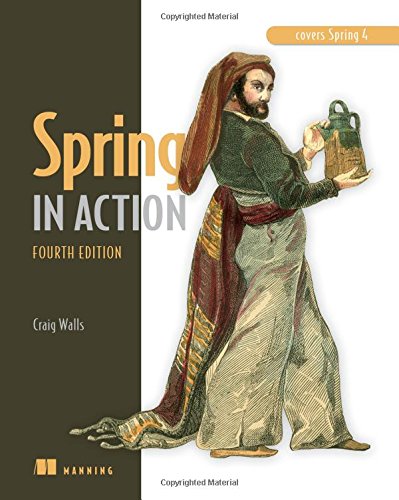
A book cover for Spring in Action; Craig Walls; Computers & Technology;